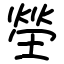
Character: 塋